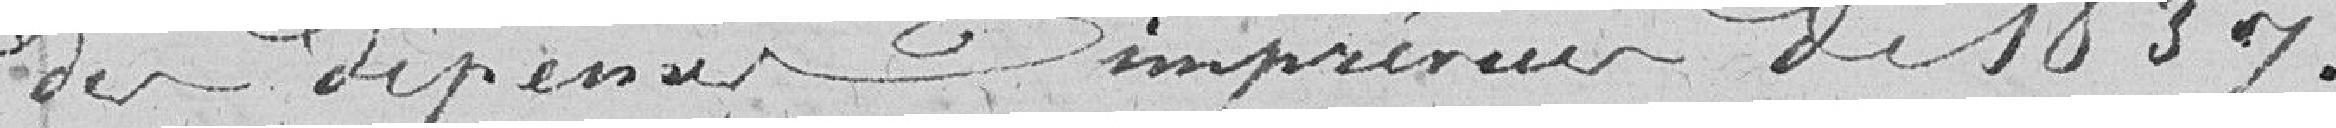
des dépenses imprévues de 1837.